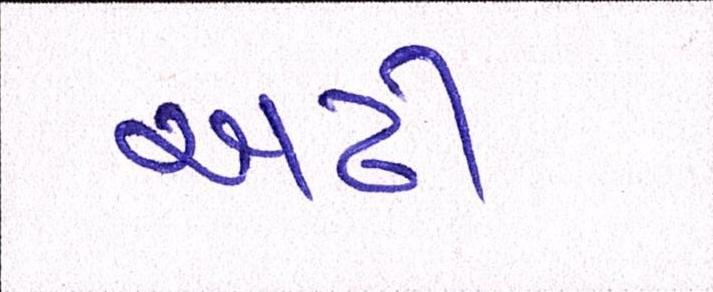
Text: અઢી